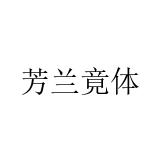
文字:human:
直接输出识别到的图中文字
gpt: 芳兰竟体